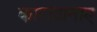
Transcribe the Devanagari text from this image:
कारख़ानाए